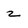
Character: 2